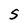
Character: S